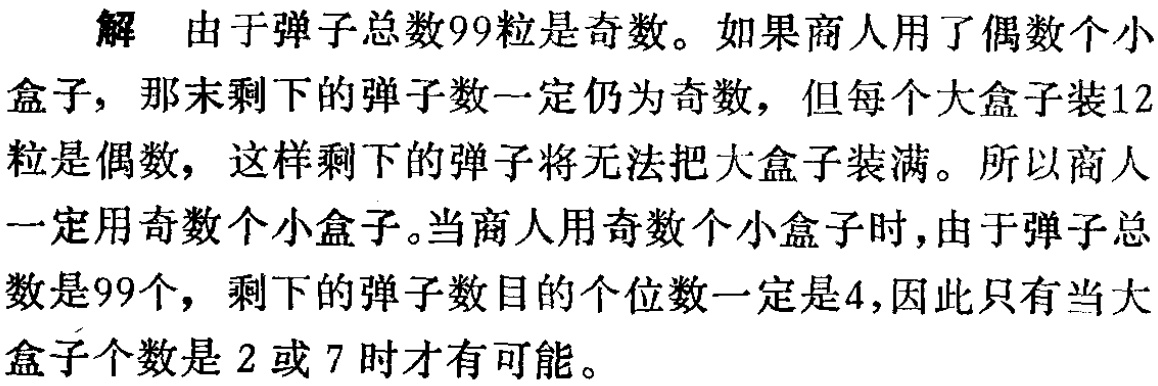
解 由于弹子总数99粒是奇数。如果商人用了偶数个小

盒子，那末剩下的弹子数一定仍为奇数，但每个大盒子装12

粒是偶数，这样剩下的弹子将无法把大盒子装满。所以商人

一定用奇数个小盒子。当商人用奇数个小盒子时，由于弹子总

数是99个，剩下的弹子数目的个位数一定是4，因此只有当大

盒子个数是 2 或 7 时才有可能。